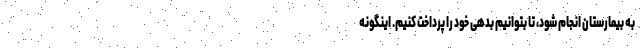
به بیمارستان انجام شود، تا بتوانیم بدهی خود را پرداخت کنیم. اینگونه